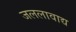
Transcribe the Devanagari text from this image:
जललावाद्य